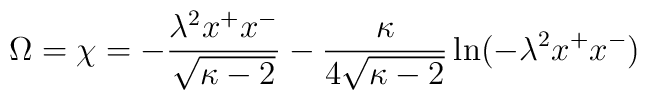
\Omega=\chi=-\frac{\lambda^{2}x^{+}x^{-}}{\sqrt{\kappa-2}}-\frac{\kappa}{4\sqrt{\kappa-2}}\ln(-\lambda^{2}x^{+}x^{-})